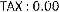
TAX : 0.00